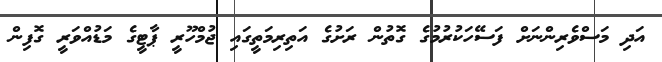
އަދި މަސްވެރިންނަށް ފަސޭހަކުރުމުގެ ގޮތުން ރަށުގެ އަތިރިމަތީގައި ޖުމްހޫރީ ޕާޓީގެ މަޑުއްވަރީ ގޮފިން